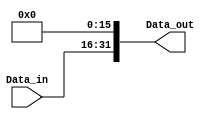
//arrive with 16bits and leave with 32bit
module shift_left16(
    input   wire    [15:0]  Data_in, // IMMEDIATE
    output  wire    [31:0]  Data_out
);
    // shift left 16
    assign Data_out     =   Data_in << 16;

endmodule